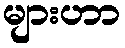
များဟာ